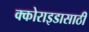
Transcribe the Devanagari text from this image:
क्कोराइडासाठी